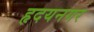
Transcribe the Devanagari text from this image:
हृदयनगर